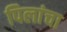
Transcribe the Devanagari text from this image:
पिलांचा